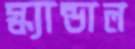
স্ক্যান্ডাল